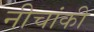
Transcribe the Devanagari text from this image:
नीचांकी